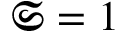
\mathfrak { S } = 1